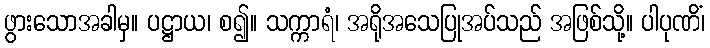
ဖွားသောအခါမှ။ ပဋ္ဌာယ၊ စ၍။ သက္ကာရံ၊ အရိုအသေပြုအပ်သည် အဖြစ်သို့။ ပါပုဏိံ၊